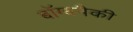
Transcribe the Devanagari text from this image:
बॉम्बपैकी